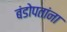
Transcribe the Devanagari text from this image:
बंडोपतांना